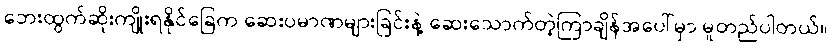
ဘေးထွက်ဆိုးကျိုးရနိုင်ခြေက ဆေးပမာဏများခြင်းနဲ့ ဆေးသောက်တဲ့ကြာချိန်အပေါ်မှာ မူတည်ပါတယ်။